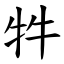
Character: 牪